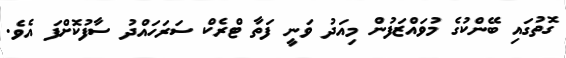
ގޮތުގައި ބޭންކުގެ މުވައްޒަފުން މިއަދު ވަނީ ފަތާ ޓްރެކް ސަރަހައްދު ސާފުކޮށްފަ އެވެ.